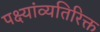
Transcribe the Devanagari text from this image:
पक्ष्यांव्यतिरिक्त